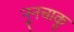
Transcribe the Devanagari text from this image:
नुनचाकू